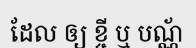
ដែល ឲ្យ ខ្ចី ឬ បណ្ណ័